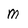
Character: m